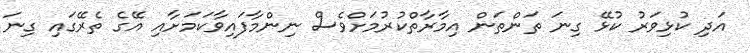
އަދި ކުޅިވަރު ކުޅޭ ގިނަ ތަންތަން އިމާރާތްކުރުމަށްވެސް ނިންމާފައިވާކަމަށާއި އޭގެ ތެރޭގައި ގިނަ